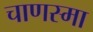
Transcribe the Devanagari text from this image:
चाणस्मा